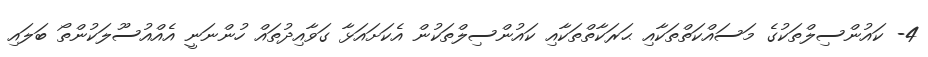
4- ކައުންސިލްތަކުގެ މަސައްކަތްތަކާއި ޙަރަކާތްތަކާއި ކައުންސިލްތަކުން އެކަށައަޅާ ގަވާއިދުތައް ހުންނަނީ އެއްއުސޫލަކުންތޯ ބަލައި